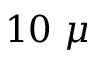
1 0 \ \mu